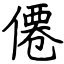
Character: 僊